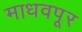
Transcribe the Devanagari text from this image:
माधवपूर